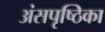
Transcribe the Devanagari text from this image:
अंसपृष्ठिका